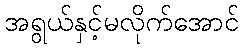
အရွယ်နှင့်မလိုက်အောင်